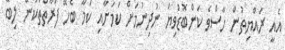
އެއީ ރައްޔިތުން ހާސްވެ ކަންބޮޑުވިޔަ ނުދިނުމަށް ކަމަށާއި ކަމާ ބެހޭ ފަރާތްތަކުން ލިބޭ